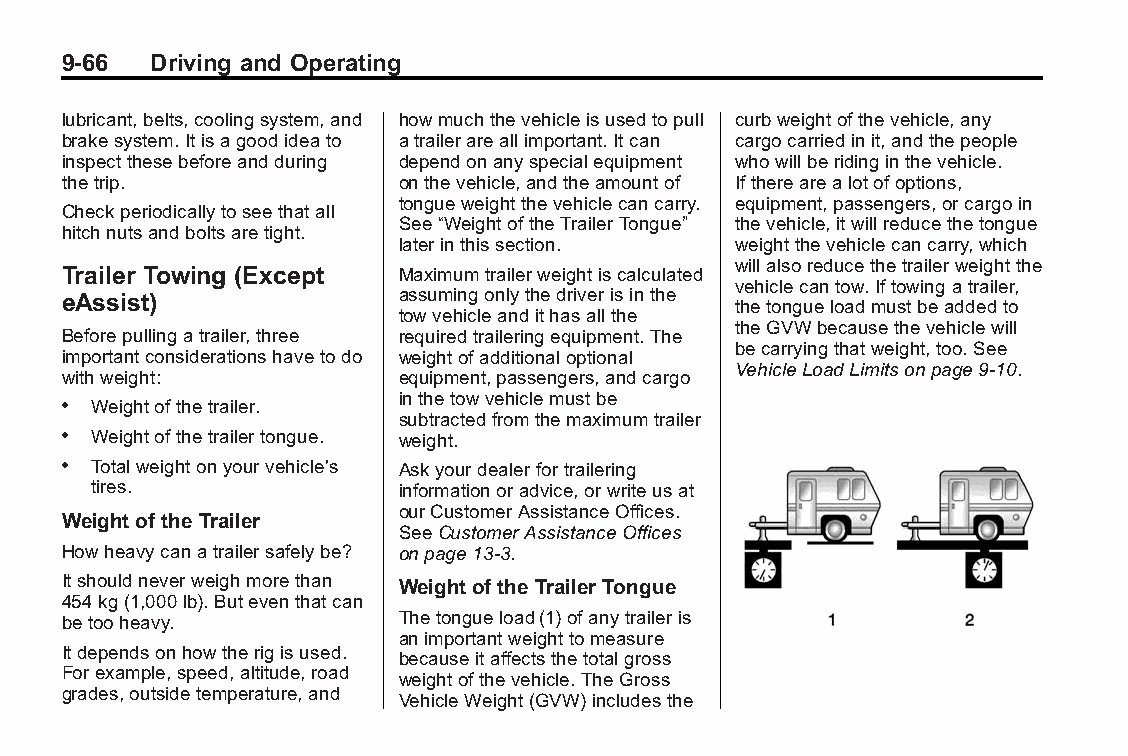
Buick LaCrosse Owner Manual (GMNA-Localizing-U.S./Canada/Mexico- Blackplate(66,1)
 6043609)-2014-2ndEdition-10/17/13
 9-66  Driving and Operating
 lubricant,belts,coolingsystem,and howmuchthevehicleisusedtopull curbweightofthevehicle,any
 brakesystem.Itisagoodideato atrailerareallimportant.Itcan cargocarriedinit,andthepeople
 inspectthesebeforeandduring dependonanyspecialequipment whowillberidinginthevehicle.
 thetrip.              onthevehicle,andtheamountof Iftherearealotofoptions,
 tongueweightthevehiclecancarry. equipment,passengers,orcargoin
 Checkperiodicallytoseethatall
 See“WeightoftheTrailerTongue” thevehicle,itwillreducethetongue
 hitchnutsandboltsaretight.
 laterinthissection.   weightthevehiclecancarry,which
 willalsoreducethetrailerweightthe
 Trailer Towing (Except Maximumtrailerweightiscalculated
 vehiclecantow.Iftowingatrailer,
 eAssist)              assumingonlythedriverisinthe
 thetongueloadmustbeaddedto
 towvehicleandithasallthe
 theGVWbecausethevehiclewill
 Beforepullingatrailer,three requiredtraileringequipment.The
 becarryingthatweight,too.See
 importantconsiderationshavetodo weightofadditionaloptional
 VehicleLoadLimitsonpage9-10.
 withweight:           equipment,passengers,andcargo
 inthetowvehiclemustbe
 . Weightofthetrailer.
 subtractedfromthemaximumtrailer
 . Weightofthetrailertongue. weight.
 . Totalweightonyourvehicle's Askyourdealerfortrailering
 tires.              informationoradvice,orwriteusat
 ourCustomerAssistanceOffices.
 Weightof the Trailer
 SeeCustomerAssistanceOffices
 Howheavycanatrailersafelybe? onpage13-3.
 Itshouldneverweighmorethan Weightof the Trailer Tongue
 454kg(1,000lb).Buteventhatcan
 betooheavy.           Thetongueload(1)ofanytraileris
 animportantweighttomeasure
 Itdependsonhowtherigisused.
 becauseitaffectsthetotalgross
 Forexample,speed,altitude,road
 weightofthevehicle.TheGross
 grades,outsidetemperature,and
 VehicleWeight(GVW)includesthe